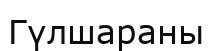
Гүлшараны